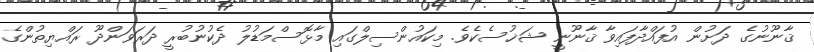
ޤާނޫނުގެ ދަށުން އުފައްދާފައިވާ ޤާނޫނީ ޝަޚުސެކެވެ. މިކައުންސިލްގައި މާޅޮސްމަޑުލު ދެކުނުބުރީ ދަރަވަންދޫ ރައްޔިތުންގެ